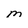
Character: M